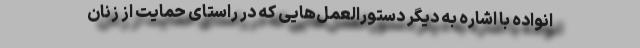
انواده با اشاره به دیگر دستورالعمل‌هایی که در راستای حمایت از زنان